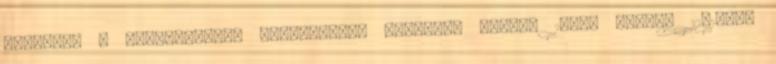
Tivadar, a Limes-Anavum Honismereti Társulás tagja. 1943. január 12-13-án